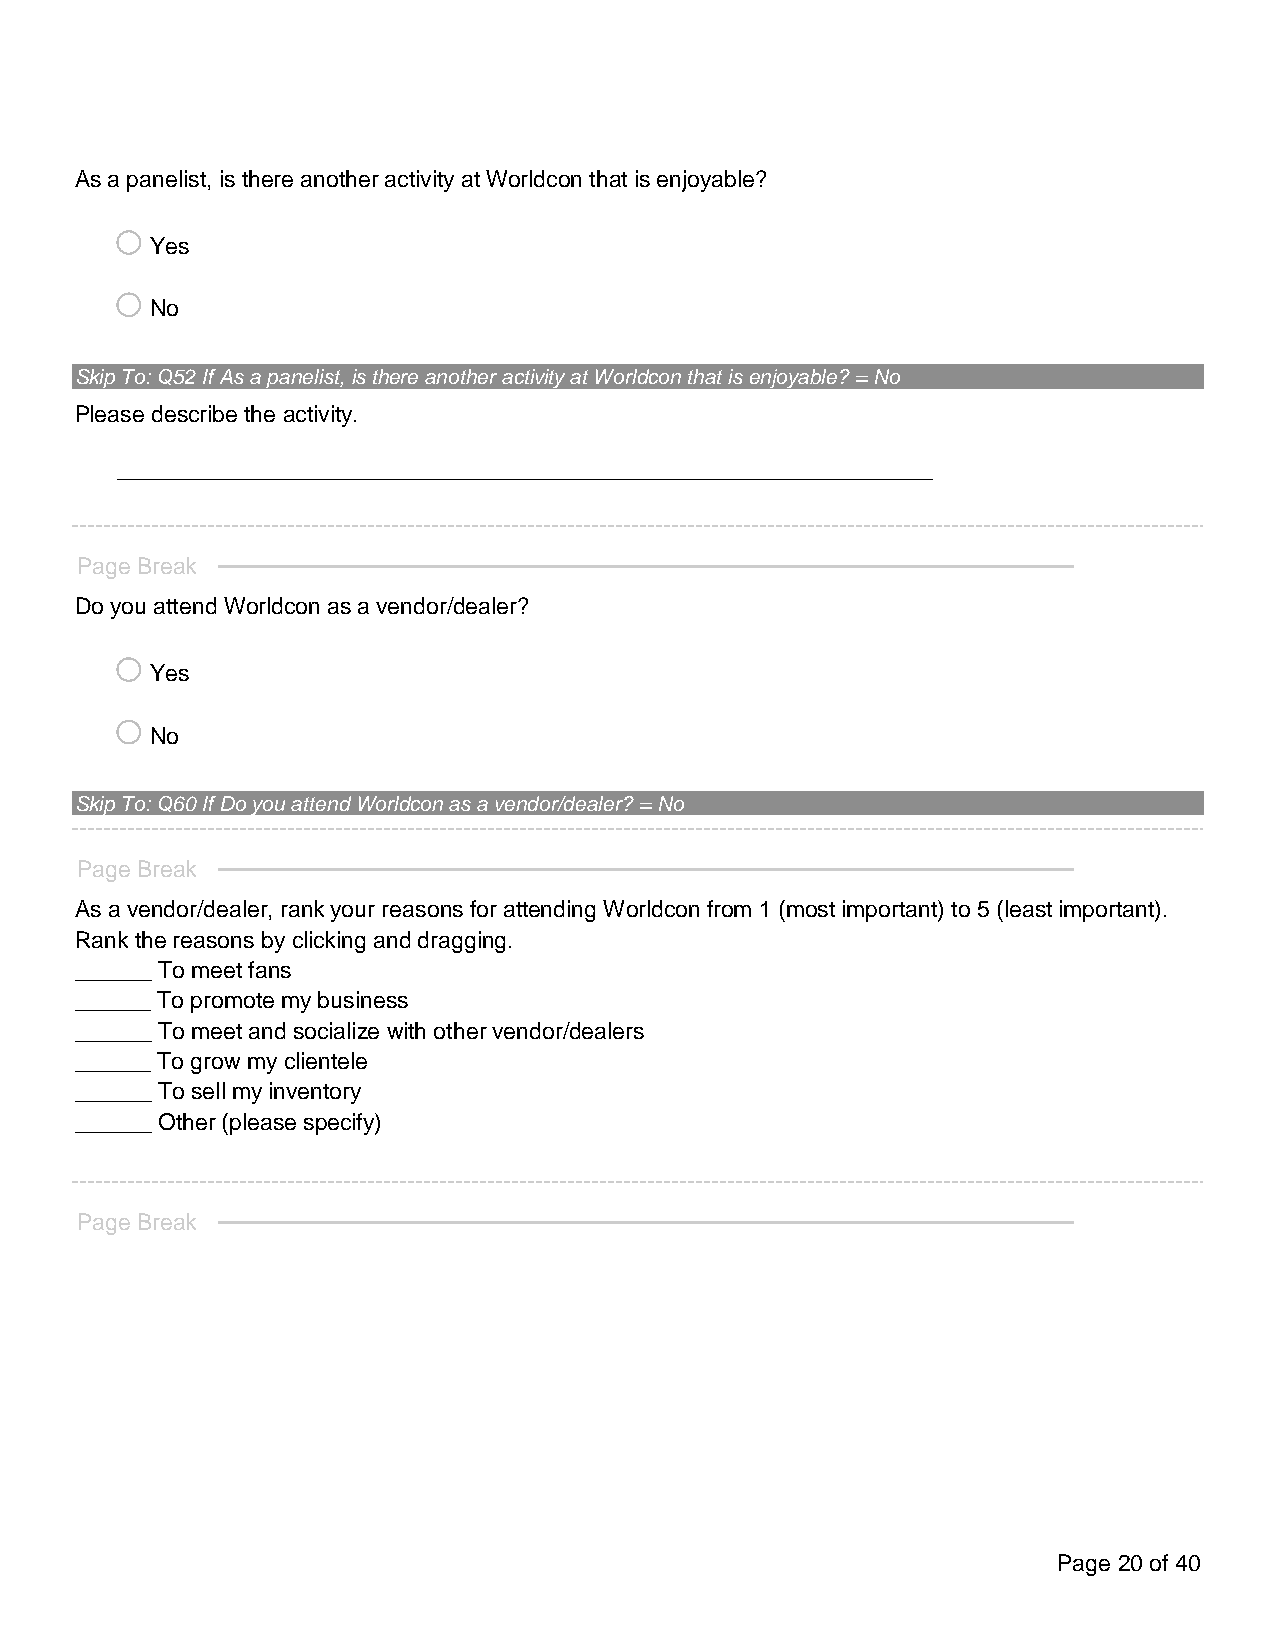
As a panelist, is there another activity at Worldcon that is enjoyable?
 o
 Yes
 o
 No
 Skip To: Q52 If As a panelist, is there another activity at Worldcon that is enjoyable? = No
 Please describe the activity.
 ________________________________________________________________
 Page Break
 Do you attend Worldcon as a vendor/dealer?
 o
 Yes
 o
 No
 Skip To: Q60 If Do you attend Worldcon as a vendor/dealer? = No
 Page Break
 As a vendor/dealer, rank your reasons for attending Worldcon from 1 (most important) to 5 (least important).
 Rank the reasons by clicking and dragging.
 ______ To meet fans
 ______ To promote my business
 ______ To meet and socialize with other vendor/dealers
 ______ To grow my clientele
 ______ To sell my inventory
 ______ Other (please specify)
 Page Break
 Page 20 of 40